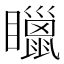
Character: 䁽